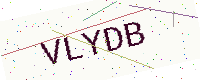
Text: VLYDB